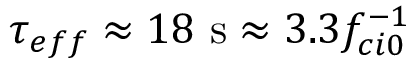
\tau _ { e f f } \approx 1 8 ~ \mathrm { s } \approx 3 . 3 f _ { c i 0 } ^ { - 1 }